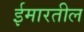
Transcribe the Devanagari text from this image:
ईमारतील